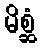
မိစ္ဆံ